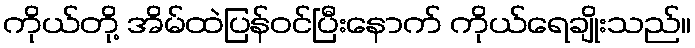
ကိုယ်တို့ အိမ်ထဲပြန်ဝင်ပြီးနောက် ကိုယ်ရေချိုးသည်။